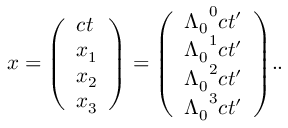
x = { \left( \begin{array} { l } { c t } \\ { x _ { 1 } } \\ { x _ { 2 } } \\ { x _ { 3 } } \end{array} \right) } = { \left( \begin{array} { l } { { \Lambda _ { 0 } } ^ { 0 } c t ^ { \prime } } \\ { { \Lambda _ { 0 } } ^ { 1 } c t ^ { \prime } } \\ { { \Lambda _ { 0 } } ^ { 2 } c t ^ { \prime } } \\ { { \Lambda _ { 0 } } ^ { 3 } c t ^ { \prime } } \end{array} \right) } . .